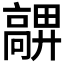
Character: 𩫜